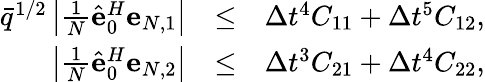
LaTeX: \begin{array}{rlr}{\bar{q}^{1/2}\left|\frac{1}{N}\hat{\mathbf e}_{0}^{H}{\mathbf e}_{N,1}\right|}&{\leq}&{\Delta t^{4}C_{11}+\Delta t^{5}C_{12},}\\ {\left|\frac{1}{N}\hat{\mathbf e}_{0}^{H}{\mathbf e}_{N,2}\right|}&{\leq}&{\Delta t^{3}C_{21}+\Delta t^{4}C_{22},}\end{array}